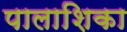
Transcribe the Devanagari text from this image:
पालाशिका